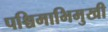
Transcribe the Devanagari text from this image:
पश्चिमाभिमुखी